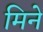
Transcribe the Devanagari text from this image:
मिने